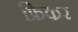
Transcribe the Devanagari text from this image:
फ्रिकर